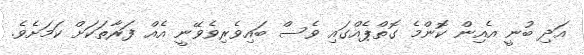
އަދި ބުނީ އެއިން ކޮންމެ ގޮތްޕެއްގައި ވެސް ބައިވެރިވެވޭނީ އެއް ފަރާތަކަށް ކަމަށެވެ.